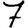
Digit: 7